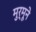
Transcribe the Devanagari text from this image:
मुर्मूने